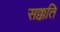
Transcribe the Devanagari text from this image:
सक्कति